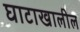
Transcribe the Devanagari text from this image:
घाटाखालील